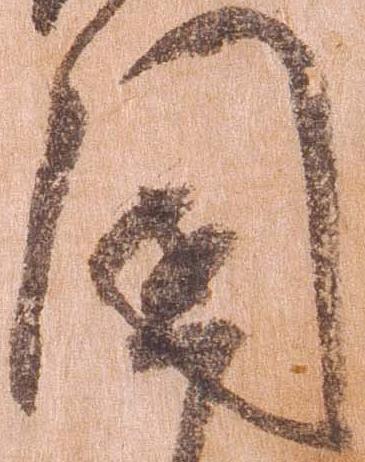
国